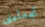
تجعلينى